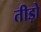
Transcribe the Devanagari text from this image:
तीड़ो